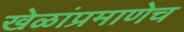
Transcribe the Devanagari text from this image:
खेळांप्रमाणेच